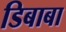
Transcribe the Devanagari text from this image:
डिबाबा